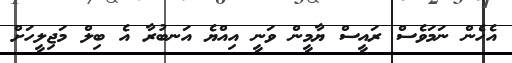
އެހެން ނަމަވެސް ރައީސް ޔާމީން ވަނީ އިއްޔެ އަނބުރާ އެ ބިލް މަޖިލީހަށް